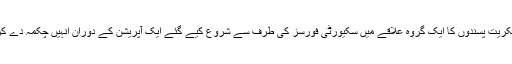
اس واقعے سے چند گھنٹے قبل عسکریت پسندوں کا ایک گروہ علاقے میں سکیورٹی فورسز کی طرف سے شروع کیے گئے ایک آپریشن کے دوران اُنہیں چکمہ دے کر فرار ہونے میں کامیاب ہوگیا تھا۔